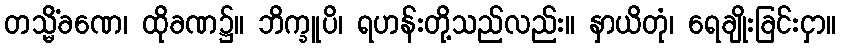
တသ္မိံခဏေ၊ ထိုခဏ၌။ ဘိက္ခူပိ၊ ရဟန်းတို့သည်လည်း။ နှာယိတုံ၊ ရေချိုးခြင်းငှာ။